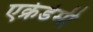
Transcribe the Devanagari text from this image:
एक्रेडेमी